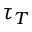
\tau _ { T }